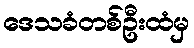
ဒေသခံတစ်ဦးထံမှ